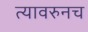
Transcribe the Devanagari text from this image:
त्यावरुनच